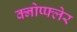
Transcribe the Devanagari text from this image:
क्नोप्फ्लेर